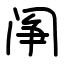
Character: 䦶